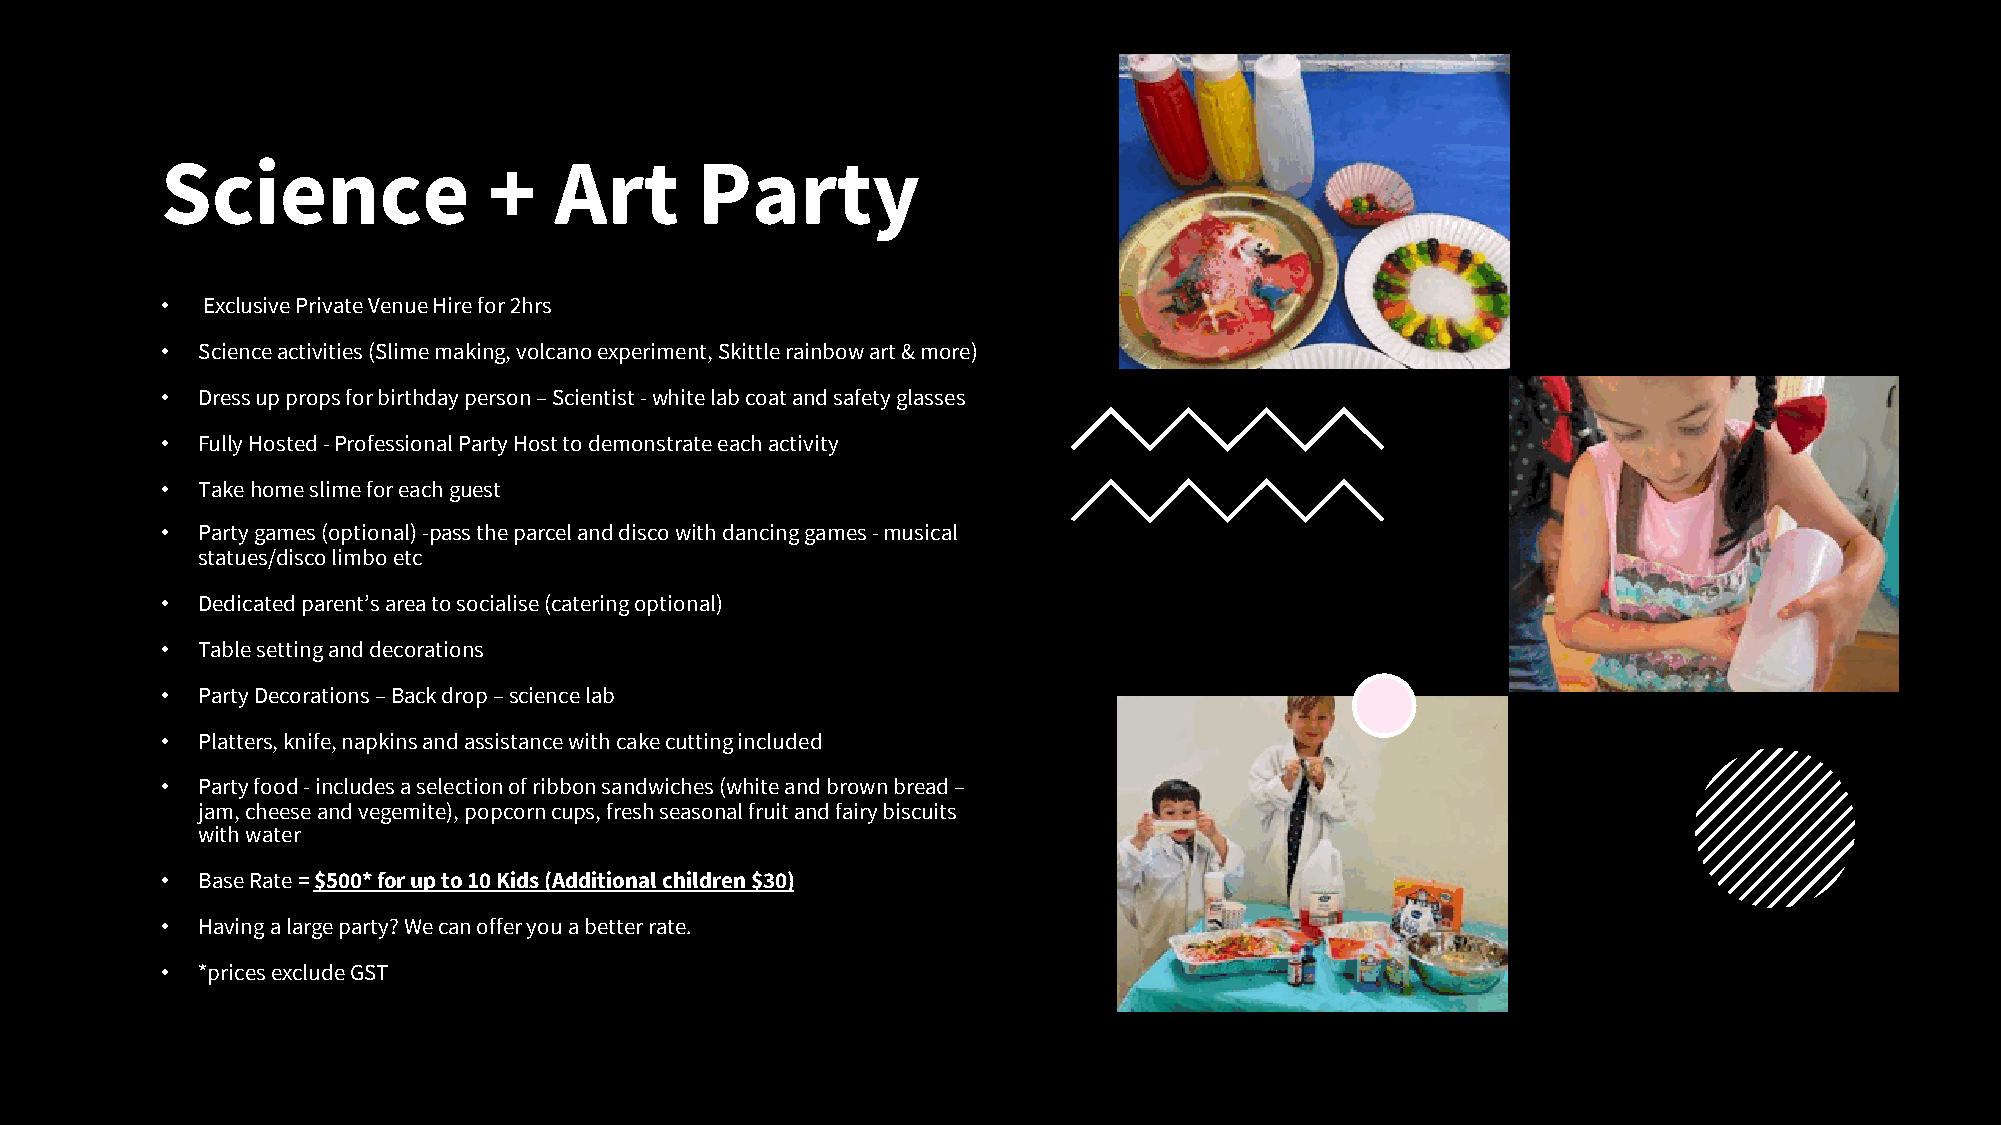
Science              +    Art      Party
 • Exclusive Private Venue Hire for 2hrs
 • Science activities (Slime making, volcano experiment, Skittle rainbow art & more)
 • Dress up props for birthday person –Scientist -white lab coat and safety glasses
 • Fully Hosted -Professional Party Host to demonstrate each activity
 • Take home slime for each guest
 • Party games (optional) -pass the parcel and disco with dancing games -musical
 statues/disco limbo etc
 • Dedicated parent’s area to socialise (catering optional)
 • Table setting and decorations
 • Party Decorations –Back drop –science lab
 • Platters, knife, napkins and assistance with cake cutting included
 • Party food -includes a selection of ribbon sandwiches (white and brown bread –
 jam, cheese and vegemite), popcorn cups, fresh seasonal fruit and fairy biscuits
 with water
 • Base Rate = $500* for up to 10 Kids (Additional children $30)
 • Having a large party? We can offer you a better rate.
 • *pricesexcludeGST